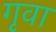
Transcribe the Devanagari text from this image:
गृवा